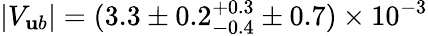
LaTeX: |V_{\mathbf{u}b}|=(3.3\pm0.2_{-0.4}^{+0.3}\pm0.7)\times10^{-3}